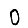
Digit: 0